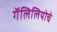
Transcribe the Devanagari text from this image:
गॅलिलियोचे